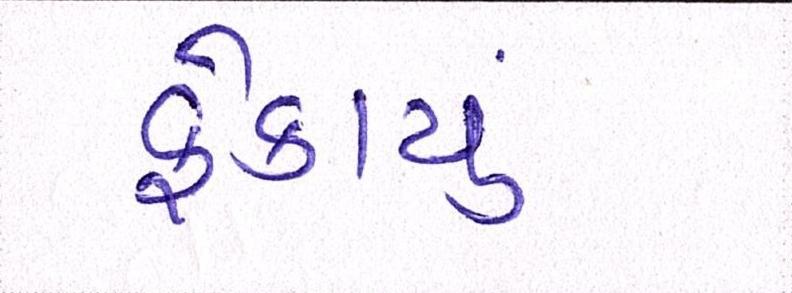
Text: ફેકાયું